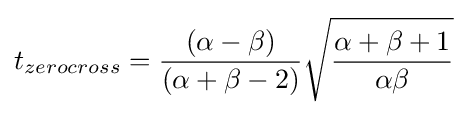
t_{zerocross}={\frac {(\alpha -\beta )}{(\alpha +\beta -2)}}{\sqrt {\frac {\alpha +\beta +1}{\alpha \beta }}}